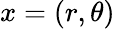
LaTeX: x=(r,\theta)